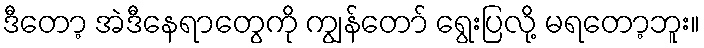
ဒီတော့ အဲဒီနေရာတွေကို ကျွန်တော် ရွေးပြလို့ မရတော့ဘူး။